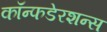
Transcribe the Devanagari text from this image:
कॉन्फडेरशन्स